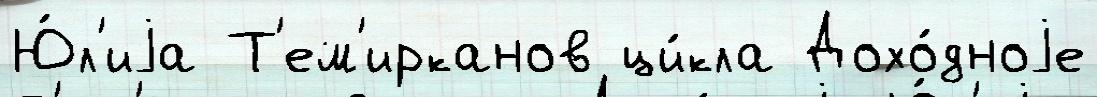
Ю́л'иjа Т'ем'ирканов ци́кла Дохо́дноjе